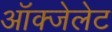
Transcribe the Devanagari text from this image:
ऑक्‍जेलेट